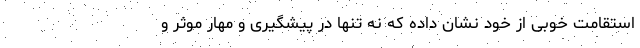
استقامت خوبی از خود نشان داده که نه تنها در پیشگیری و مهار موثر و